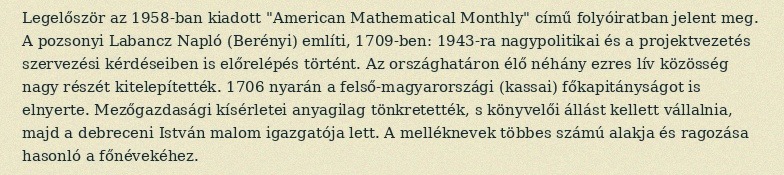
Legelőször az 1958-ban kiadott "American Mathematical Monthly" című folyóiratban jelent meg. A pozsonyi Labancz Napló (Berényi) említi, 1709-ben: 1943-ra nagypolitikai és a projektvezetés szervezési kérdéseiben is előrelépés történt. Az országhatáron élő néhány ezres lív közösség nagy részét kitelepítették. 1706 nyarán a felső-magyarországi (kassai) főkapitányságot is elnyerte. Mezőgazdasági kísérletei anyagilag tönkretették, s könyvelői állást kellett vállalnia, majd a debreceni István malom igazgatója lett. A melléknevek többes számú alakja és ragozása hasonló a főnévekéhez.